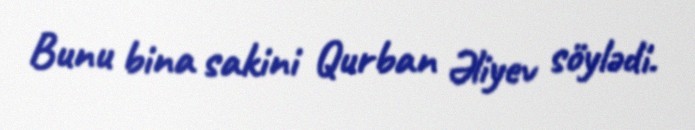
Bunu bina sakini Qurban Əliyev söylədi.